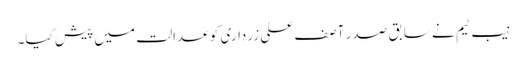
نیب ٹیم نے سابق صدر آصف علی زرداری کو عدالت میں پیش کیا۔